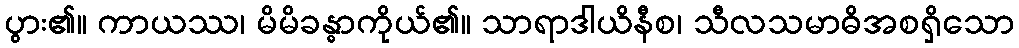
ပွား၏။ ကာယဿ၊ မိမိခန္ဓာကိုယ်၏။ သာရာဒါယိနီစ၊ သီလသမာဓိအစရှိသော